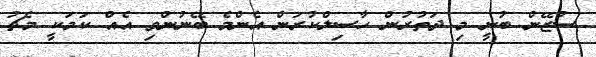
ސުޒޭން ބުނީ މި ދަތުރުން ހާސިލްކުރަން އެންމެ ބޭނުންވި އެއް ކަމަކީ މެޗު